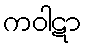
ကဝါဋာ